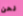
نحن